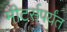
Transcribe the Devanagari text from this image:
मीटर्सपर्यंत